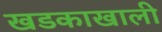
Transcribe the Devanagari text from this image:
खडकाखाली